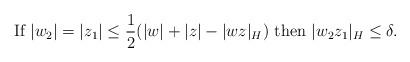
LaTeX: \begin{align*}\textrm{If } |w_2|=|z_1| \leq \frac{1}{2}(|w|+|z|-|wz|_H)\textrm{ then } |w_2z_1|_H \leq \delta. \end{align*}